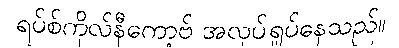
ရပ်စ်ကိုလ်နီကော့ဗ် အလုပ်ရှုပ်နေသည်။